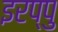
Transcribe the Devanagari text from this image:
इरप्पु